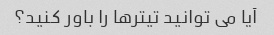
آیا می توانید تیترها را باور کنید؟